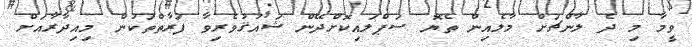
ވީމާ މި ދެ ލާންޗަށް މާލެއިން ތެޔޮ ސަޕްލައިކޮށްދޭން ޝައުޤުވެރިވާ ފަރާތްތަކުން މިއިދާރާއަށް